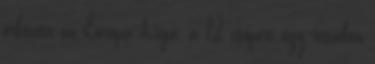
érkezett az Európa Liga, a 12 csoport egy részében